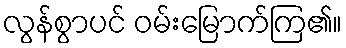
လွန်စွာပင် ဝမ်းမြောက်ကြ၏။